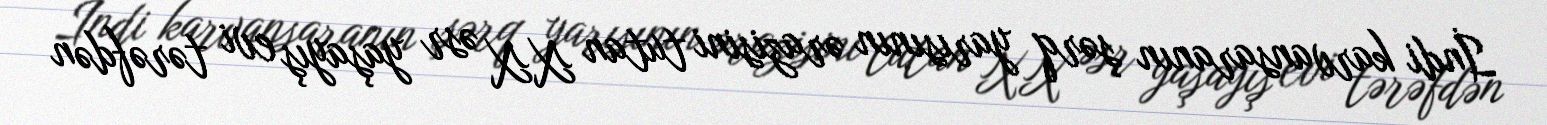
İndi karvansaranın şərq yarısının ərazisini tutan XX əsr yaşayış evi tərəfdən